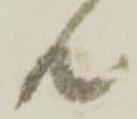
共